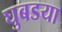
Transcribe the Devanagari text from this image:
घुबडया